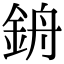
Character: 𨦞